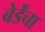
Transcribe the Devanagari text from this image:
बेर्डेंचा